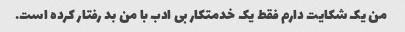
من یک شکایت دارم فقط یک خدمتکار بی ادب با من بد رفتار کرده است.